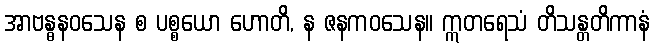
အာဗန္ဓနဝသေန စ ပစ္စယော ဟောတိ, န ဇနကဝသေန။ ဣတရေသံ တိသန္တတိကာနံ